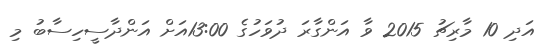
އަދި 10 މާރިޗު 2015 ވާ އަންގާރަ ދުވަހުގެ 13:00އަށް އަންދާސީހިސާބު މި